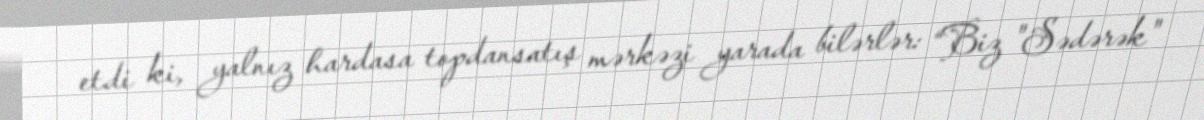
etdi ki, yalnız hardasa topdansatış mərkəzi yarada bilərlər: “Biz "Sədərək"